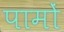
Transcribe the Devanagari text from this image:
पामों